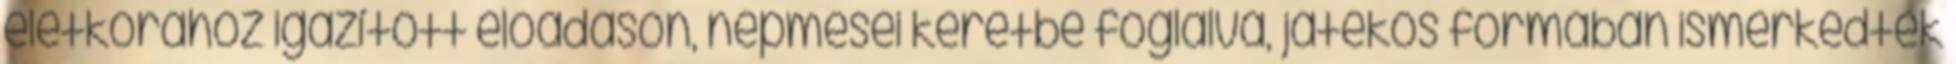
életkorához igazított előadáson, népmesei keretbe foglalva, játékos formában ismerkedtek